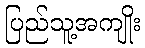
ပြည်သူ့အကျိုး